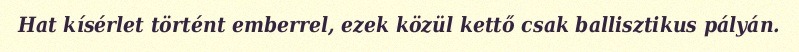
Hat kísérlet történt emberrel, ezek közül kettő csak ballisztikus pályán.